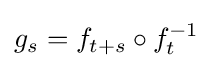
g_{s}=f_{t+s}\circ f_{t}^{-1}